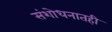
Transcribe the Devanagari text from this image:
संशोधनातही